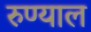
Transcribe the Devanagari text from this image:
रुण्याल